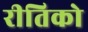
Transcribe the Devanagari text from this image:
रीतिको